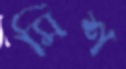
মিশ